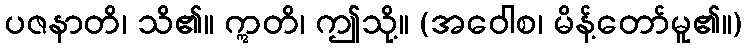
ပဇနာတိ၊ သိ၏။ ဣတိ၊ ဤသို့။ (အဝေါစ၊ မိန့်တော်မူ၏။)